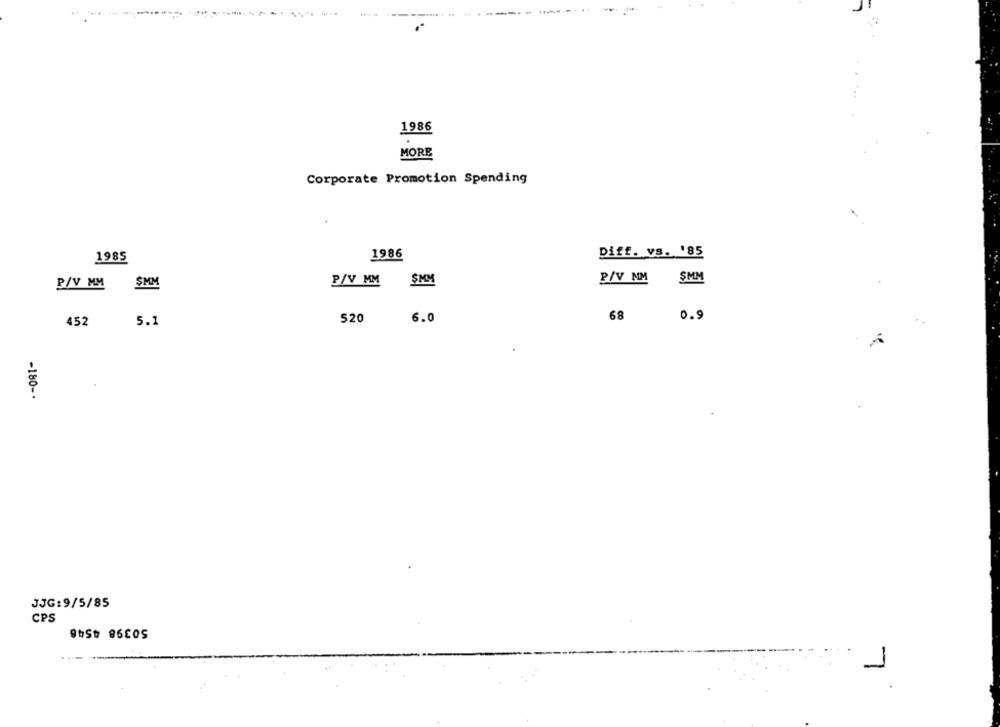
.--------
1986
.
MORE
Corporate Promotion Spending
Diff. vs. '85
1985
1986
P/V MM
$MM
P/V MM
SMM
P/V MM SMM
520
6.0
68
0.9
452
5.1
-180 -·
JJG: 9/5/85
CPS
50398 4546
1